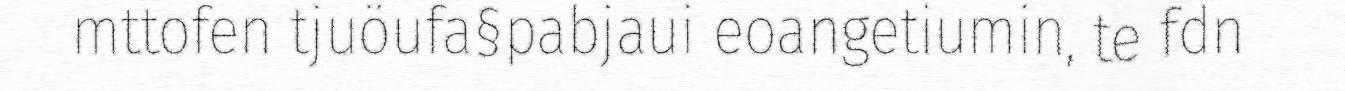
mttofen tjuöufa§pabjaui eoangetiumin, te fdn